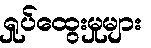
ရှုပ်ထွေးမှုများ